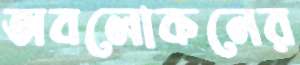
অবলোকনের